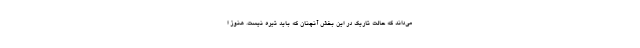
می‌داند که حالت تاریک در این بخش آنچنان که باید تیره نیست. هنوز ا